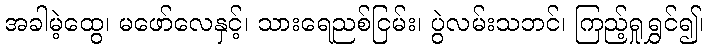
အခါမဲ့ထွေ၊ မဖော်လေနှင့်၊ သားရေညစ်ငြမ်း၊ ပွဲလမ်းသဘင်၊ ကြည့်ရှုရွှင်၍၊